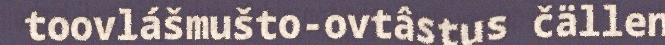
toovlášmušto-ovtâstus čällen